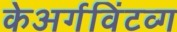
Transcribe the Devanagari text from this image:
केअर्गविंटव्ग